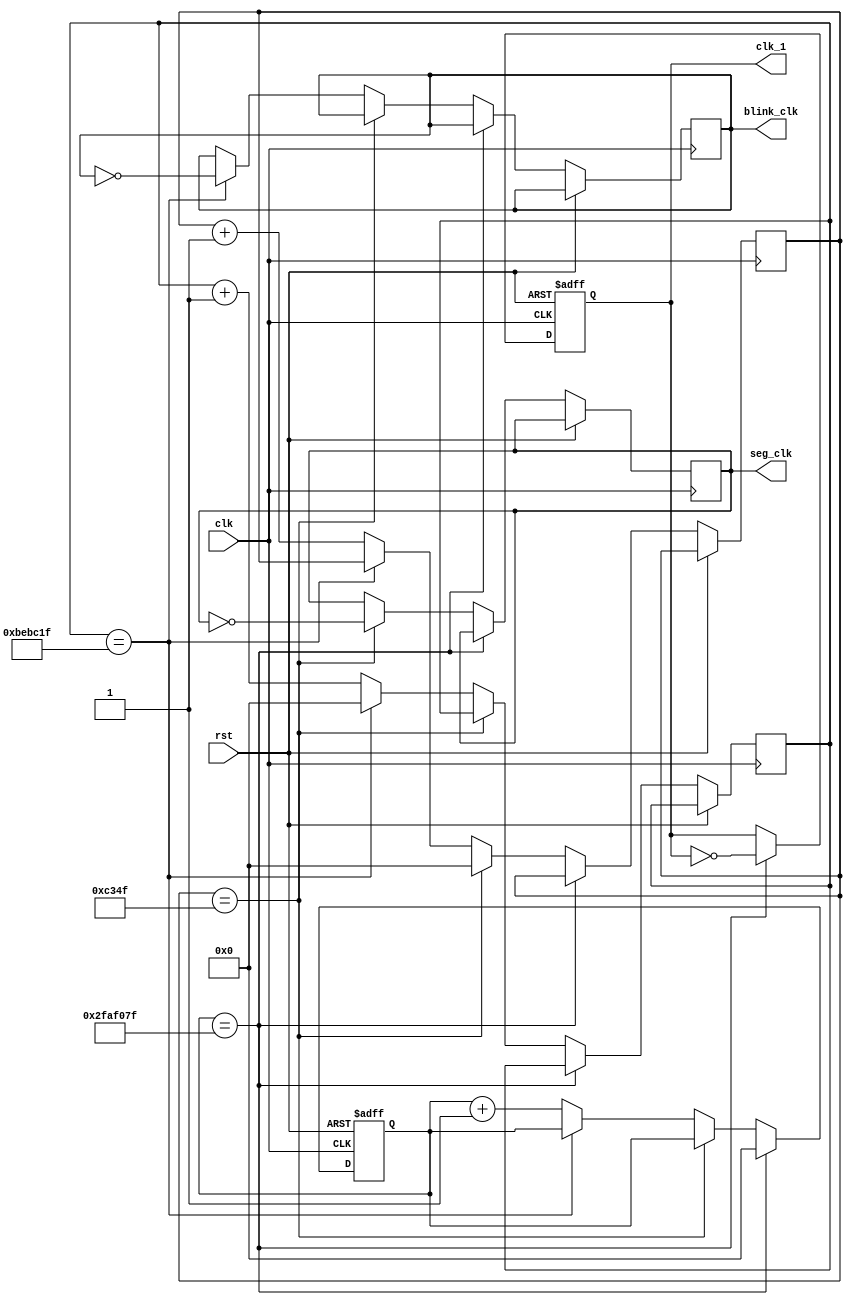
`timescale 1ns / 1ps
//////////////////////////////////////////////////////////////////////////////////
// Company: 
// Engineer: 
// 
// Design Name: 
// Module Name:    clockDividers 
// Project Name: 
// Target Devices: 
// Tool versions: 
// Description: 
//
// Dependencies: 
//
// Revision: 
// Revision 0.01 - File Created
// Additional Comments: 
//
//////////////////////////////////////////////////////////////////////////////////
module clockDividers(clk, rst, clk_1, seg_clk, blink_clk
    );
	
	input wire clk;
	input wire rst;
	
	output wire clk_1;
	output wire seg_clk;
	output wire blink_clk;
	
	localparam ONE_DIV = 50000000;
	localparam SEG_DIV = 50000;
	localparam BLINK_DIV = 12500000;
	
	
	reg[31:0] one, seg, blink;
	
	reg clk_1_prime, clk_seg_prime, clk_blink_prime;
	
	
	
	
	always @(posedge(clk) or posedge(rst)) begin
		if(rst)
		begin 
			one <= 0;
			clk_1_prime <= 1'b0;
		end
		else if(one == ONE_DIV - 1) begin
			one <= 0;
			clk_1_prime <= ~clk_1_prime;
		end
		else if(seg == SEG_DIV - 1) begin
			seg <= 0;
			clk_seg_prime <= ~clk_seg_prime;
		end
		else if(blink== BLINK_DIV - 1) begin
			blink <= 0;
			clk_blink_prime <= ~clk_blink_prime;
		end
		else begin
			one <= one + 1;
			clk_1_prime <= clk_1_prime;
			seg <= seg + 1;
			clk_seg_prime <= clk_seg_prime;
			blink <= blink + 1;
			clk_blink_prime <= clk_blink_prime;
		end
	end
	
	
	assign seg_clk = clk_seg_prime;
	assign blink_clk = clk_blink_prime;
	assign clk_1 = clk_1_prime;
endmodule